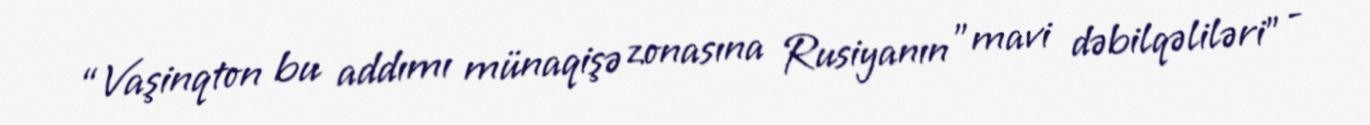
“Vaşinqton bu addımı münaqişə zonasına Rusiyanın ”mavi dəbilqəliləri" -